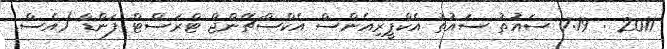
2011 : 7:19 ސައުތު ސައުތު އެކްޕީރިއެންސް އެކްސްޗޭންޖް ޓްރަސްޓް ފަންޑް (އެސް.